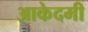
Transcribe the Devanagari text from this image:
आकेदमी